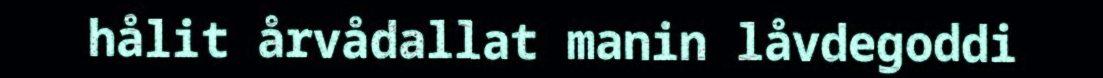
hålit årvådallat manin låvdegoddi